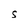
Character: S